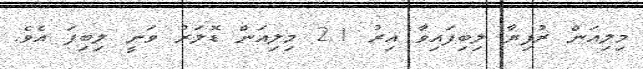
މިލިއަން ރުފިޔާ ލިބިފައިވާ އިރު 2.1 މިލިއަން ޑޮލަރު ވަނީ ލިބިފަ އެވެ.